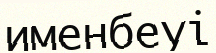
именбеуі